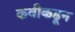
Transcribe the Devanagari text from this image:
कवीकडून